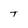
Character: T